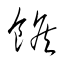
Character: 餱